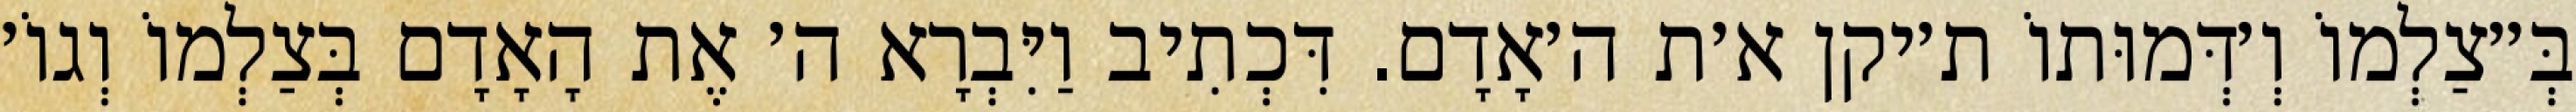
בְּ״צַלְמוֹ וְ׳דְּמוּתוֹ ת׳יקן א׳ת ה׳אָדָם. דִּכְתִיב וַיִּבְרָא ה׳ אֶת הָאָדָם בְּצַלְמוֹ וְגוֹ׳